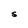
Character: S